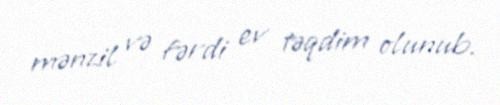
mənzil və fərdi ev təqdim olunub.